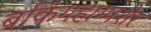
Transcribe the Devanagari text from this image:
बकिंगहाम्पशैर